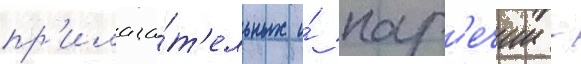
пр'илага́т'ельных и́ нар'ечии -